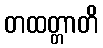
တထတ္တာတိ